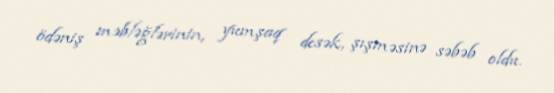
ödəniş məbləğlərinin, yumşaq desək, şışməsinə səbəb oldu.